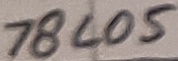
Text: 78L05